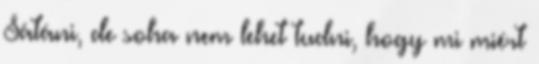
Sátáni, de soha nem lehet tudni, hogy mi miért